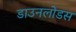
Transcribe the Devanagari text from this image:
डाउनलोडस